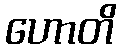
ဟောတိ